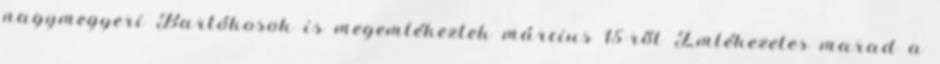
nagymegyeri Bartókosok is megemlékeztek március 15-ről Emlékezetes marad a